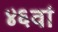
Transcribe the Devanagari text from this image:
४६वां